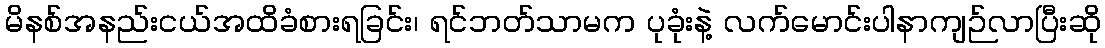
မိနစ်အနည်းငယ်အထိခံစားရခြင်း၊ ရင်ဘတ်သာမက ပုခုံးနဲ့ လက်မောင်းပါနာကျဉ်လာပြီးဆို